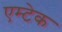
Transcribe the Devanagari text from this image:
एम्टेक